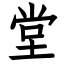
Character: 堂